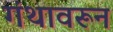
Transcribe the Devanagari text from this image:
गंथावरून